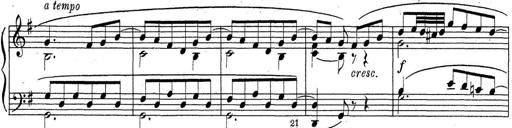
Title: ÄŒeskÃ© Sonatiny
Composer: Various